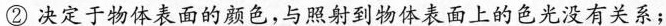
②决定于物体表面的颜色，与照射到物体表面上的色光没有关系；